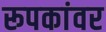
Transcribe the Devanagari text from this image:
रूपकांवर